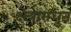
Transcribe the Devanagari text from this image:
क्षेत्रामधुन